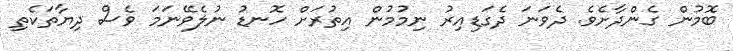
ބޮމުން ގެންދާށެވެ. ދެވަނަ ދެގަޑިއިރު ނިމުމުން އިތުރަށް ހޮނޑު ނުލެވޭނަމަ ވެސް ދިޔާތަކެތި